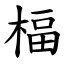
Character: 楅